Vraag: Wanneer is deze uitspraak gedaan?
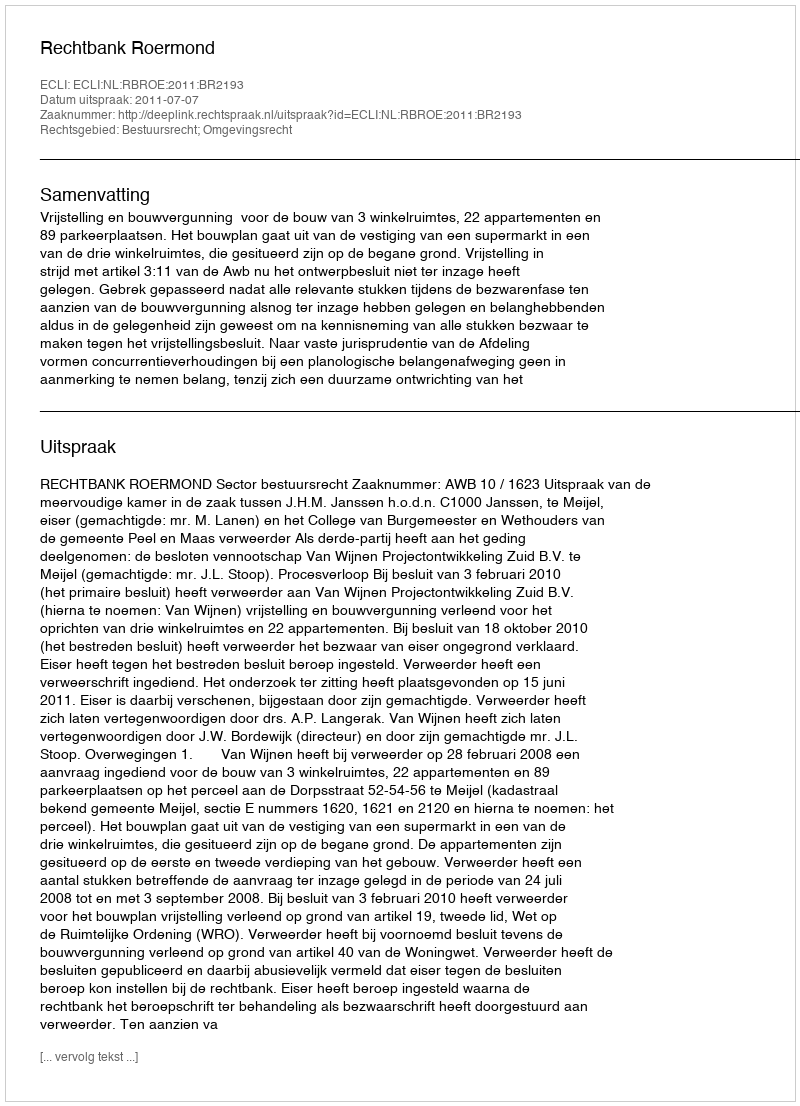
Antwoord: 2011-07-07